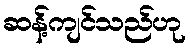
ဆန့်ကျင်သည်ဟု